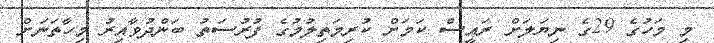
މި މަހުގެ 29ގެ ނިޔަލަށް ރައީސް ކަމަށް ކުރިމަތިލުމުގެ ފުރުސަތު ބަންދުވާއިރު މިހާތަނަށް